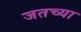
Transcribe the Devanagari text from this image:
जतच्या